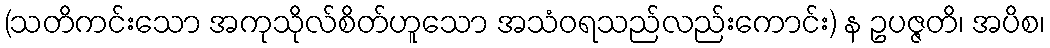
(သတိကင်းသော အကုသိုလ်စိတ်ဟူသော အသံဝရသည်လည်းကောင်း) န ဥပဇ္ဇတိ၊ အပိစ၊